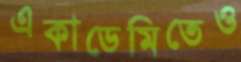
একাডেমিতেও